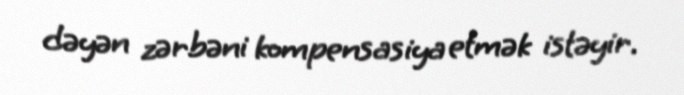
dəyən zərbəni kompensasiya etmək istəyir.